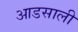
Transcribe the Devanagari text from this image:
आडसाली